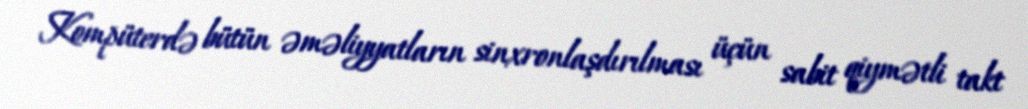
Kompüterdə bütün əməliyyatların sinxronlaşdırılması üçün sabit qiymətli takt